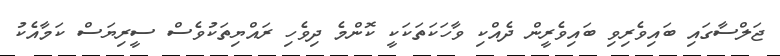
ޖަލްސާގައި ބައިވެރިވި ބައިވެރީން ދެއްކި ވާހަކަތަކަކީ ކޮންމެ ދިވެހި ރައްޔިތަކުވެސް ސީރިޔަސް ކަމާއެކު